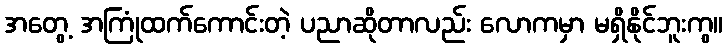
အတွေ့ အကြုံထက်ကောင်းတဲ့ ပညာဆိုတာလည်း လောကမှာ မရှိနိုင်ဘူးကွ။